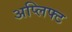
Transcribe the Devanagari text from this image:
अप्लिफ्ट